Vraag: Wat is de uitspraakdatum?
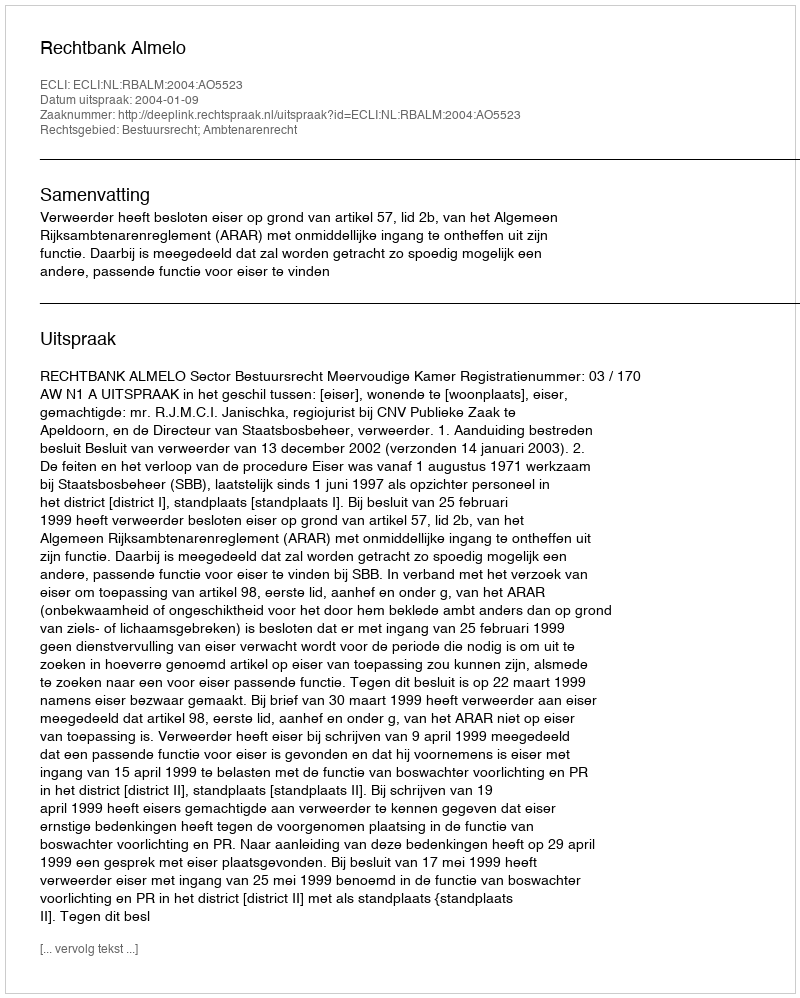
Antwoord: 2004-01-09